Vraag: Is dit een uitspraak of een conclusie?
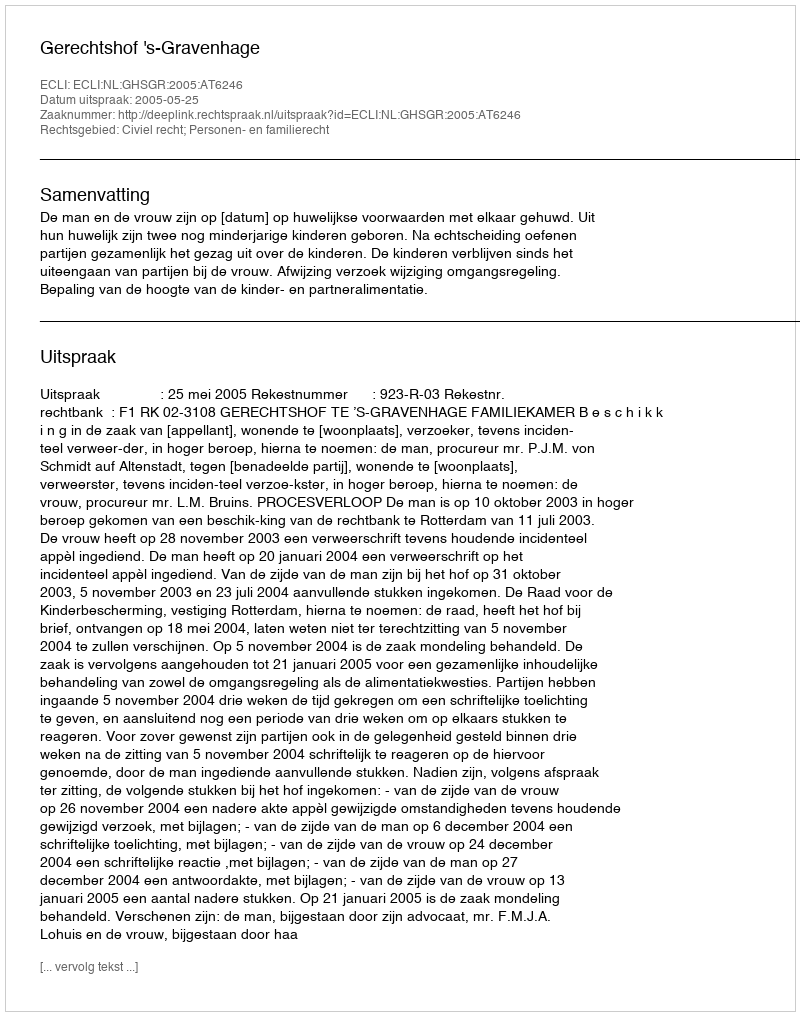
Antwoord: Uitspraak